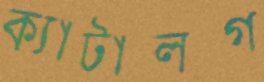
ক্যাটালগ